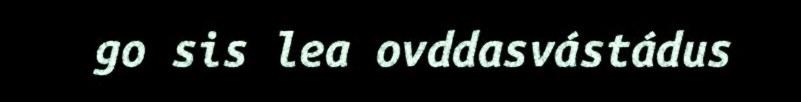
go sis lea ovddasvástádus